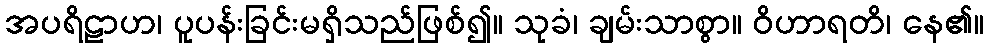
အပရိဠာဟ၊ ပူပန်းခြင်းမရှိသည်ဖြစ်၍။ သုခံ၊ ချမ်းသာစွာ။ ဝိဟာရတိ၊ နေ၏။